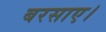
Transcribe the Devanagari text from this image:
बरसाए।